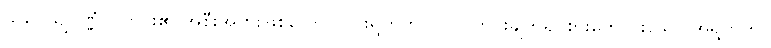
သူပေယျပဏ္ဏံ =ဟင်း၏ အစီးအပွားဖြစ်သော ဟင်းရွက်ကို။ (ဝါ) ဟင်းချက်၍ စားကောင်းသော အရွက်ကို။